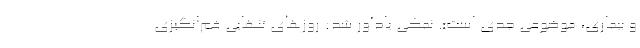
و بیماری، موضوعی جدی است». نمکی یادآور شد: روزهای تنهایی غم‌انگیزی